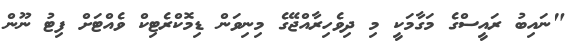
"ނައިބު ރައީސްގެ މަގާމަކީ މި ދިވެހިރާއްޖޭގެ މިނިވަން ޑިމޮކްރެޓިކް ވެއްޓަށް ފިޓު ނޫން